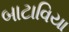
બાટાવિયા